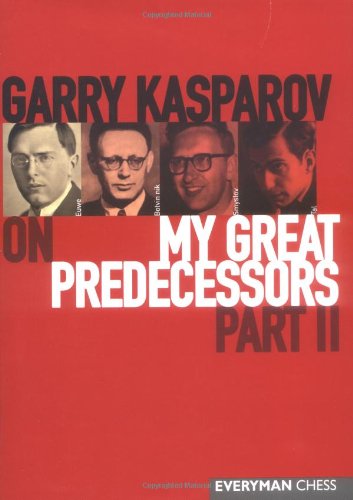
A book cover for Garry Kasparov on My Great Predecessors,  Part 2; Garry Kasparov; Humor & Entertainment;